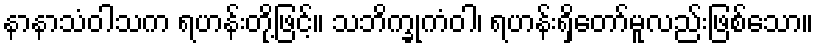
နာနာသံဝါသက ရဟန်းတို့ဖြင့်။ သဘိက္ခုကံဝါ၊ ရဟန်းရှိတော်မူလည်းဖြစ်သော။